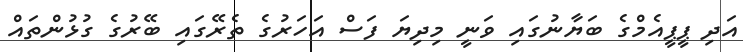
އަދި ޕީޕީއެމްގެ ބަޔާނުގައި ވަނީ މިދިޔަ ފަސް އަހަރުގެ ތެރޭގައި ބޭރުގެ ގުޅުންތައް